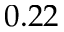
0 . 2 2